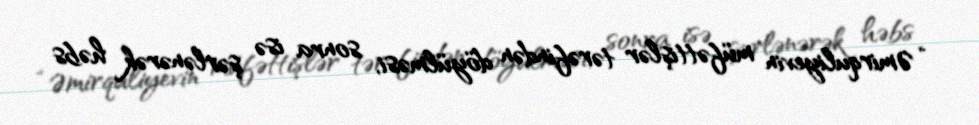
“Əmirquliyevin müfəttişlər tərəfindən döyülməsi, sonra isə şərlənərək həbs